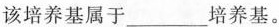
该培养基属于___培养基。